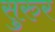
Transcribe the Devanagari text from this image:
सुरुर